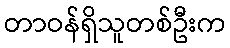
တာဝန်ရှိသူတစ်ဦးက